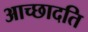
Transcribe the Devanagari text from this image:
आच्‍छादति